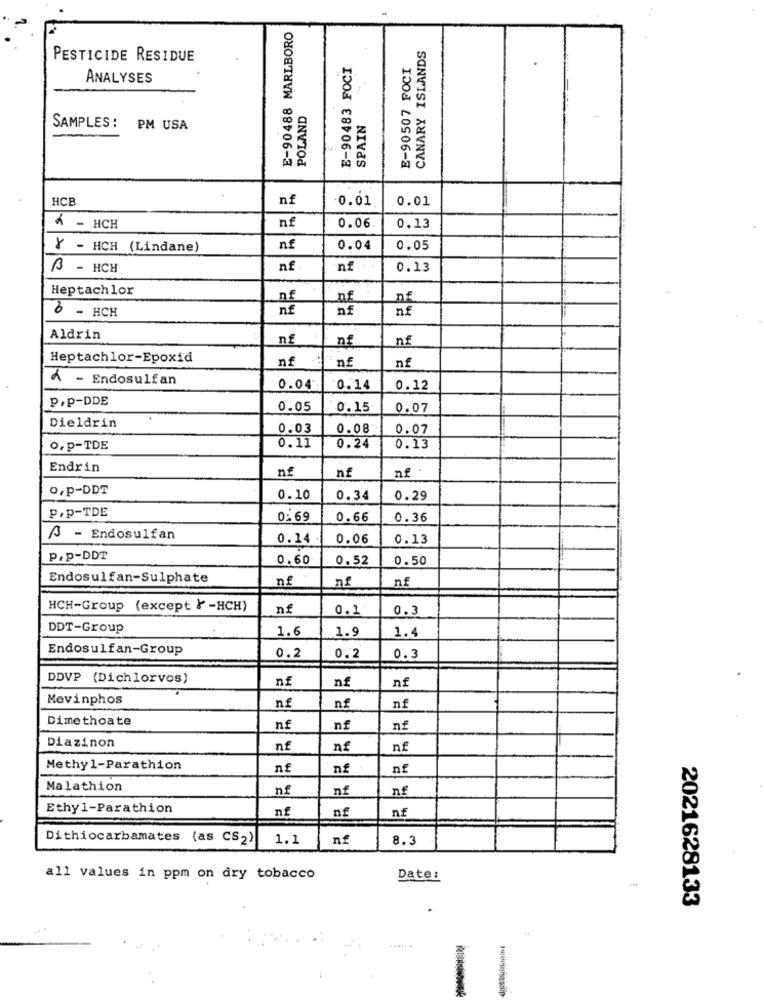
E-90488 MARLBORO
CANARY ISLANDS
PESTICIDE RESIDUE
E-90483 FOCI
E-90507 FOCI
ANALYSES
POLAND
SAMPLES :
SPAIN
PM USA
HCB
nf
-0.01
0.01
4 - HCH
nf
0.06
0.13
Y - HCH (Lindane)
nf
0.04
0.05
3 - HCH
nf
nf
0.13
Heptachlor
nf
nf
nf
nf
6 - HCH
Aldrin
nf
nf
nf
Heptachlor-Epoxid
nf
nf
nf
A - Endosulfan
0.04
0.14
0.12
P.P-DDE
0.05
0.15
0.07
Dieldrin
0.03
0.08
0.07
o,p-TDE
0.11
0.24
0.13
Endrin
n£
nf
nf
O,P-DDT
0.10
0.34
0.29
P.P-TDE
0:69
0.66
0.36
A - Endosulfan
0.14
0.06
0.13
P.p-DDT
0.60
0.52
0.50
Endosulfan-Sulphate
nf
nf
nf
HCH-Group (except }-HCH)
nf
0.1
0.3
DDT-Group
1.6
1.9
1.4
Endosulfan-Group
0.2
0.2
0.3
DDVP (Dichlorvos)
nf
nf
nf
Mevinphos
nf
nf
nf
Dimethoate
nf
nf
n£
Diazinon
nf
nf
nf
Methyl-Parathion
n£
nf
nf
Malathion
nf
nf
nf
Ethyl-Parathion
nf
nf
nf
Dithiocarbamates (as CS2)
1.1
nf
8.3
all values in ppm on dry tobacco
Date:
2021628133